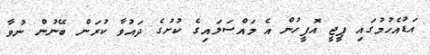
އަޑުއެހުމުގައި ޕީޖީ އޮފީހުން އެ މައްސަލައިގެ ކުށުގެ ދައުވާ ކުރަން ބޭނުން ނުވާ